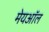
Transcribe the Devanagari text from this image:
मेयऑल